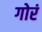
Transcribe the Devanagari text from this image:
गोरं